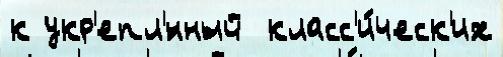
к укр'епл'́нный  класс'и́ческ'их